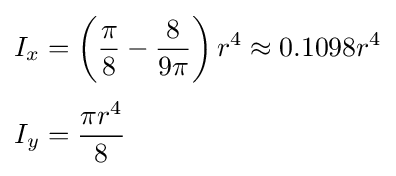
{\begin{aligned}I_{x}&=\left({\frac {\pi }{8}}-{\frac {8}{9\pi }}\right)r^{4}\approx 0.1098r^{4}\\[3pt]I_{y}&={\frac {\pi r^{4}}{8}}\end{aligned}}